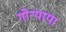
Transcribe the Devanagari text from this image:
गोऱ्याया